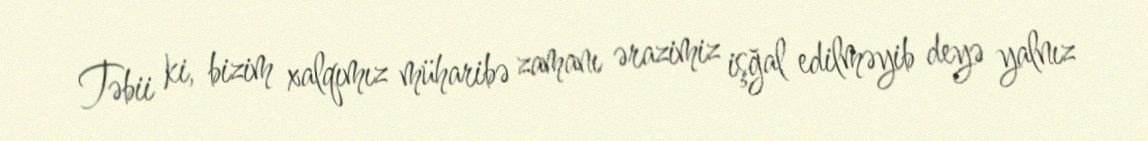
Təbii ki, bizim xalqımız müharibə zamanı ərazimiz işğal edilməyib deyə yalnız